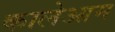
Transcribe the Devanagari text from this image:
कालेआम